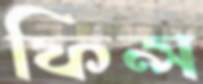
ফিন্স